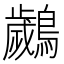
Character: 𮭘